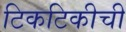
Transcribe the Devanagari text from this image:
टिकटिकीची